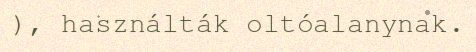
), használták oltóalanynak.